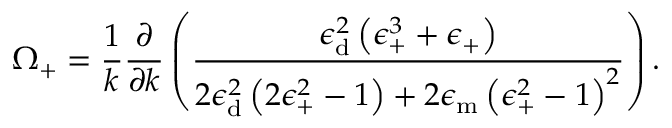
\Omega _ { \mathrm { + } } = \frac { 1 } { k } \frac { \partial } { \partial k } \left( \frac { \epsilon _ { \mathrm { { d } } } ^ { 2 } \left( \epsilon _ { \mathrm { + } } ^ { 3 } + \epsilon _ { \mathrm { + } } \right) } { 2 \epsilon _ { \mathrm { { d } } } ^ { 2 } \left( 2 \epsilon _ { \mathrm { + } } ^ { 2 } - 1 \right) + 2 \epsilon _ { \mathrm { { m } } } \left( \epsilon _ { \mathrm { + } } ^ { 2 } - 1 \right) ^ { 2 } } \right) .